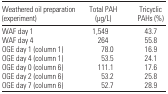
<table><thead><tr><td><b>Weathered oil preparation (experiment)</b></td><td><b>Total PAH (μg/L)</b></td><td><b>Tricyclic PAHs (%)</b></td></tr></thead><tbody><tr><td>WAF day 1</td><td>1,549</td><td>43.7</td></tr><tr><td>WAF day 4</td><td>264</td><td>55.8</td></tr><tr><td>OGE day 1 (column 1)</td><td>78.0</td><td>16.9</td></tr><tr><td>OGE day 4 (column 1)</td><td>53.5</td><td>24.1</td></tr><tr><td>OGE day 0 (column 6)</td><td>111.1</td><td>17.6</td></tr><tr><td>OGE day 2 (column 6)</td><td>53.2</td><td>25.8</td></tr><tr><td>OGE day 7 (column 6)</td><td>52.7</td><td>28.9</td></tr></tbody></table>